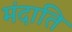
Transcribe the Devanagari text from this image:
मंदाति